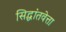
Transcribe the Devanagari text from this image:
सिद्धांतवेत्ता